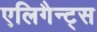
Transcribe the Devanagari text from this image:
एलिगैन्ट्स